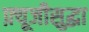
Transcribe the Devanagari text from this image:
फ़्यूजीसुद्धा